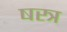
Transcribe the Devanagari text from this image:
षस्त्र